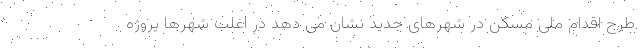
طرح اقدام ملی مسکن در شهرهای جدید نشان می دهد در اغلب شهرها پروژه